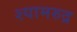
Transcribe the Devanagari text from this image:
श्यामरुद्र